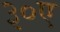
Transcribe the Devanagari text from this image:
३०ए